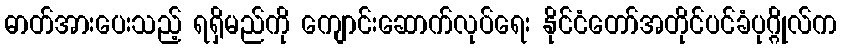
ဓာတ်အားပေးသည့် ရရှိမည်ကို ကျောင်းဆောက်လုပ်ရေး နိုင်ငံတော်အတိုင်ပင်ခံပုဂ္ဂိုလ်က